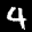
Label: 4